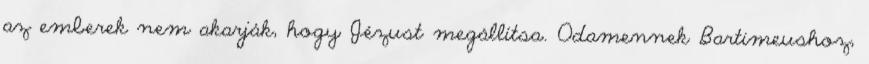
az emberek nem akarják, hogy Jézust megállítsa. Odamennek Bartimeushoz,